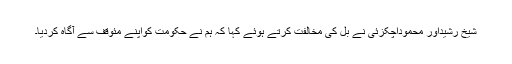
شیخ رشیداور محموداچکزئی نے بل کی مخالفت کرتے ہوئے کہا کہ ہم نے حکومت کواپنے مئوقف سے آگاہ کردیا۔